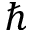
\hbar